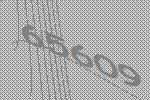
65609